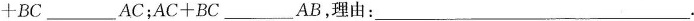
+ B C$$___AC；$$A C + B C$$___AB，理由：___.